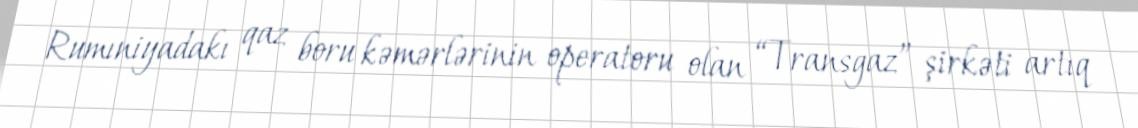
Rumıniyadakı qaz boru kəmərlərinin operatoru olan “Transgaz” şirkəti artıq